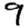
Digit: 9